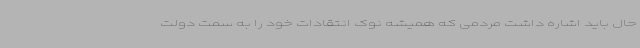
حال باید اشاره داشت مردمی که همیشه نوک انتقادات خود را به سمت دولت